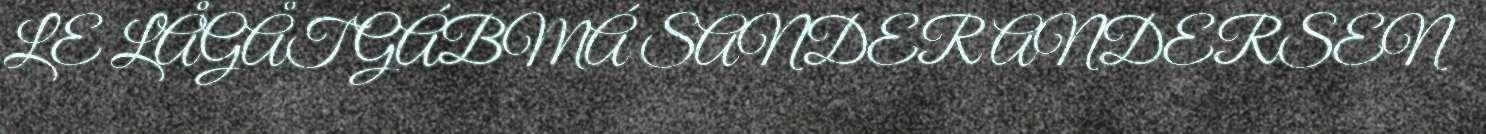
LE LÅGÅT GÁBMÁ SANDER ANDERSEN